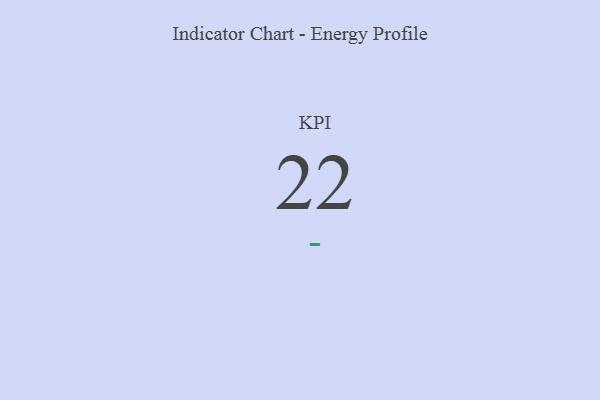
{"axis": {"x": "KPI", "y": "Value"}, "legend": [""], "data": [{"x": "KPI", "y": 22, "type": ""}]}